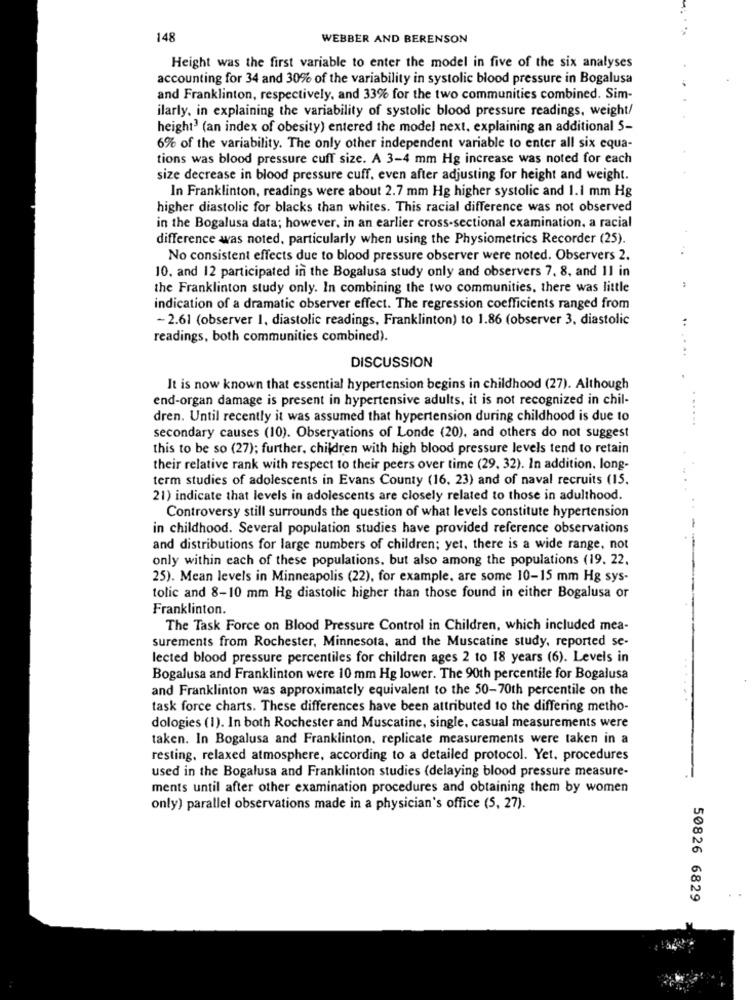
148
WEBBER AND BERENSON
Height was the first variable to enter the model in five of the six analyses
accounting for 34 and 30% of the variability in systolic blood pressure in Bogalusa
and Franklinton, respectively, and 33% for the two communities combined. Sim-
ilarly, in explaining the variability of systolic blood pressure readings, weight/
height3 (an index of obesity) entered the model next. explaining an additional 5-
6% of the variability. The only other independent variable to enter all six equa-
tions was blood pressure cuff size. A 3-4 mm Hg increase was noted for each
size decrease in blood pressure cuff, even after adjusting for height and weight.
In Franklinton, readings were about 2.7 mm Hg higher systolic and 1.1 mm Hg
higher diastolic for blacks than whites. This racial difference was not observed
in the Bogalusa data; however, in an earlier cross-sectional examination, a racial
difference was noted, particularly when using the Physiometrics Recorder (25).
No consistent effects due to blood pressure observer were noted. Observers 2.
10, and 12 participated in the Bogalusa study only and observers 7, 8, and 11 in
the Franklinton study only. In combining the two communities, there was little
indication of a dramatic observer effect. The regression coefficients ranged from
- 2.61 (observer 1, diastolic readings, Franklinton) to 1.86 (observer 3, diastolic
readings, both communities combined).
DISCUSSION
It is now known that essential hypertension begins in childhood (27). Although
end-organ damage is present in hypertensive adults, it is not recognized in chil-
dren. Until recently it was assumed that hypertension during childhood is due to
secondary causes (10). Observations of Londe (20), and others do not suggest
this to be so (27); further, children with high blood pressure levels tend to retain
their relative rank with respect to their peers over time (29, 32). In addition. long-
term studies of adolescents in Evans County (16, 23) and of naval recruits (15.
21) indicate that levels in adolescents are closely related to those in adulthood.
Controversy still surrounds the question of what levels constitute hypertension
in childhood. Several population studies have provided reference observations
and distributions for large numbers of children; yet, there is a wide range, not
only within each of these populations, but also among the populations (19. 22.
25). Mean levels in Minneapolis (22), for example, are some 10-15 mm Hg sys-
tolic and 8-10 mm Hg diastolic higher than those found in either Bogalusa or
Franklinton.
The Task Force on Blood Pressure Control in Children, which included mea-
surements from Rochester, Minnesota, and the Muscatine study, reported se-
lected blood pressure percentiles for children ages 2 to 18 years (6). Levels in
Bogalusa and Franklinton were 10 mm Hg lower. The 90th percentile for Bogalusa
and Franklinton was approximately equivalent to the 50-70th percentile on the
task force charts. These differences have been attributed to the differing metho-
dologies (1). In both Rochester and Muscatine, single, casual measurements were
taken. In Bogalusa and Franklinton, replicate measurements were taken in a
resting, relaxed atmosphere, according to a detailed protocol. Yet. procedures
used in the Bogalusa and Franklinton studies (delaying blood pressure measure-
ments until after other examination procedures and obtaining them by women
only) parallel observations made in a physician's office (5, 27).
50826 6829